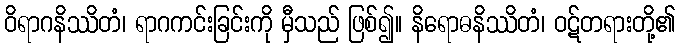
ဝိရာဂနိဿိတံ၊ ရာဂကင်းခြင်းကို မှီသည် ဖြစ်၍။ နိရောဓနိဿိတံ၊ ဝဋ်တရားတို့၏